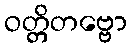
ဝတ္တိတဗ္ဗော